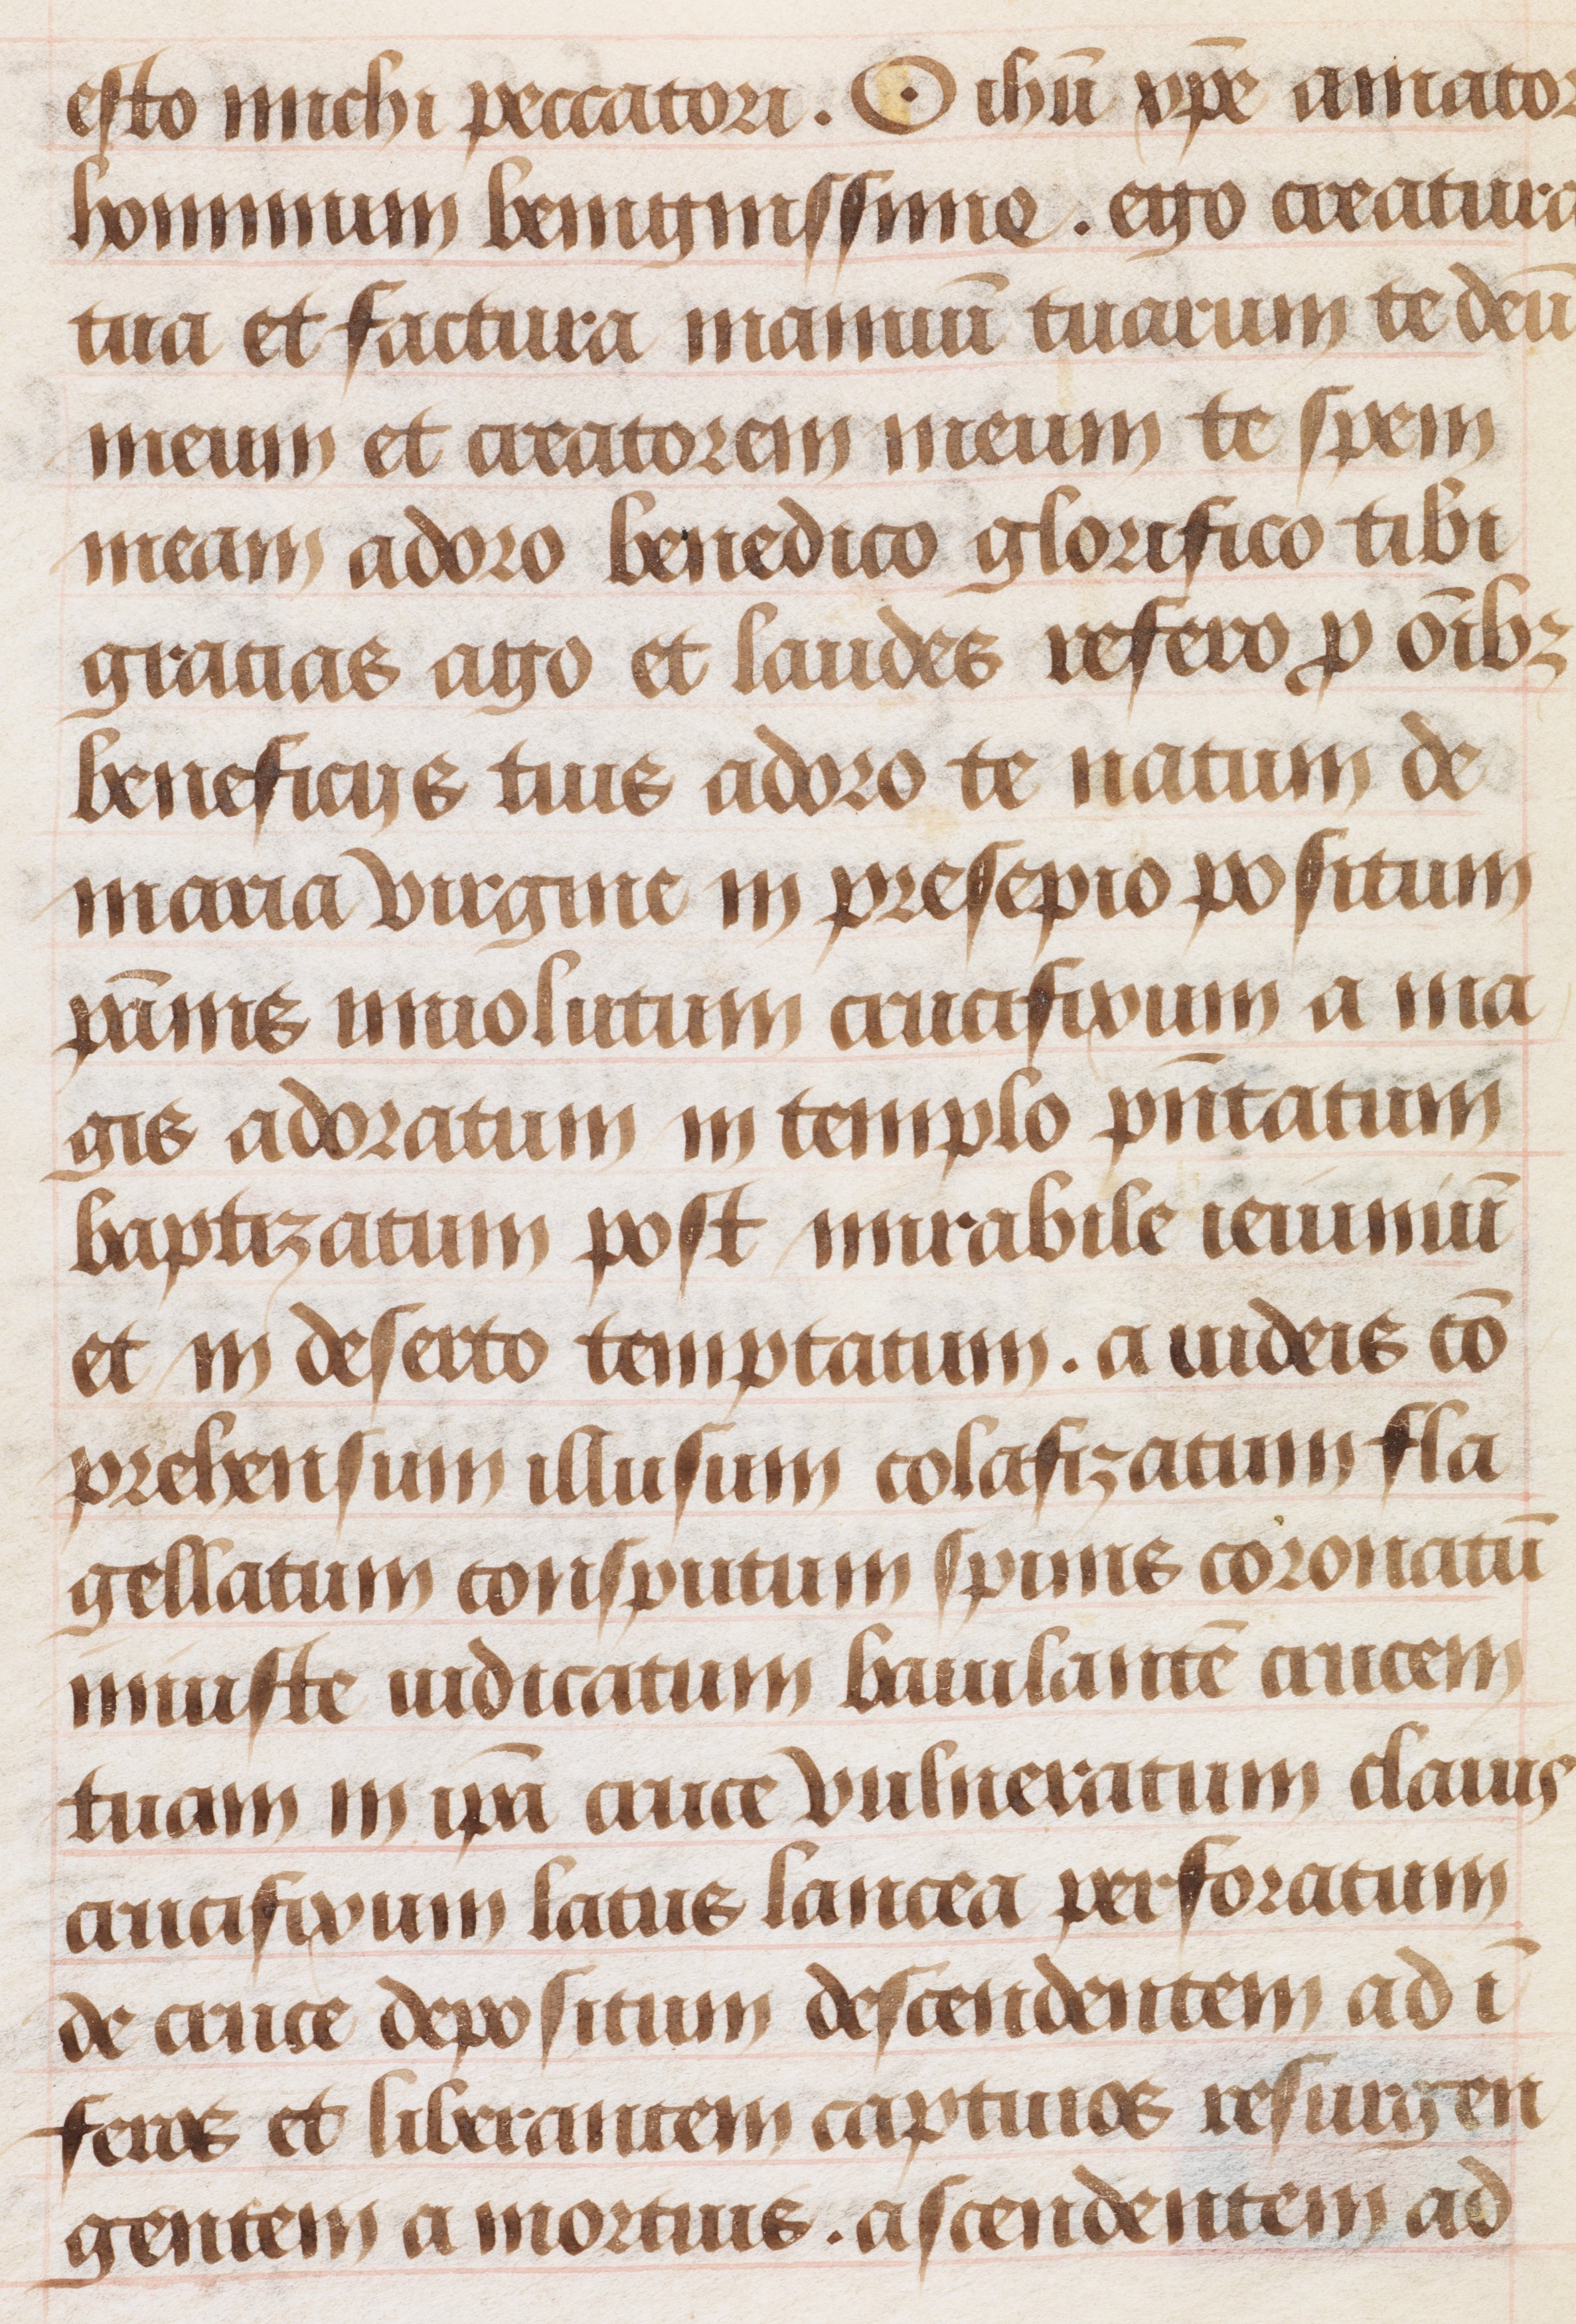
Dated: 1480–1490